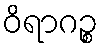
ဝိရာဂဉ္စ